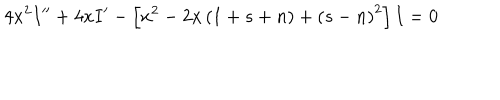
4 x ^ { 2 } I ^ { \prime \prime } + 4 x I ^ { \prime } - \left[ x ^ { 2 } - 2 x \left( 1 + s + n \right) + \left( s - n \right) ^ { 2 } \right] I = 0 \,